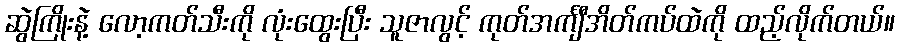
ဆွဲကြိုးနဲ့ လော့ကတ်သီးကို လုံးထွေးပြီး သူဇာလွင့် ကုတ်အင်္ကျီအိတ်ကပ်ထဲကို ထည့်လိုက်တယ်။